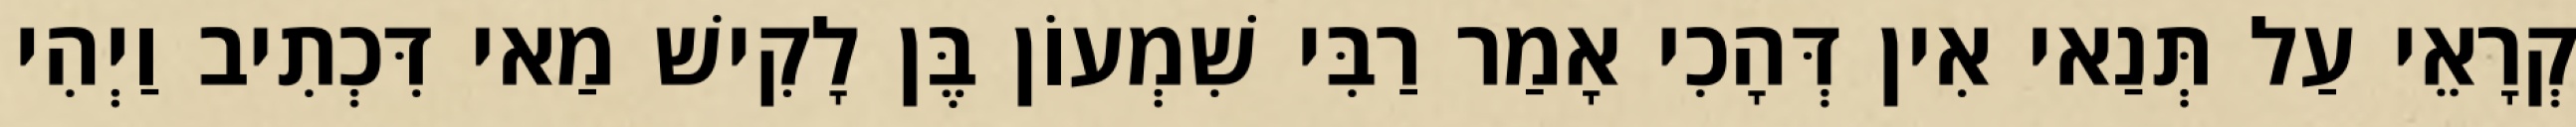
קְרָאֵי עַל תְּנַאי אִין דְּהָכִי אָמַר רַבִּי שִׁמְעוֹן בֶּן לָקִישׁ מַאי דִּכְתִיב וַיְהִי